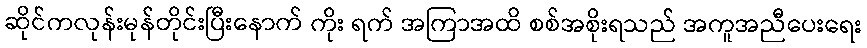
ဆိုင်ကလုန်းမုန်တိုင်းပြီးနောက် ကိုး ရက် အကြာအထိ စစ်အစိုးရသည် အကူအညီပေးရေး